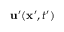
{ \bf u ^ { \prime } } ( { \bf x ^ { \prime } } , t ^ { \prime } )